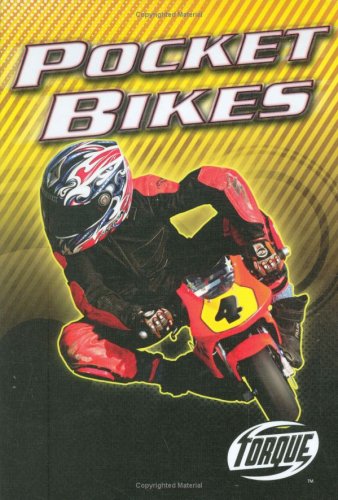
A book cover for Pocket Bikes (Torque Books: Motorcycles); Thomas Streissguth; Children's Books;